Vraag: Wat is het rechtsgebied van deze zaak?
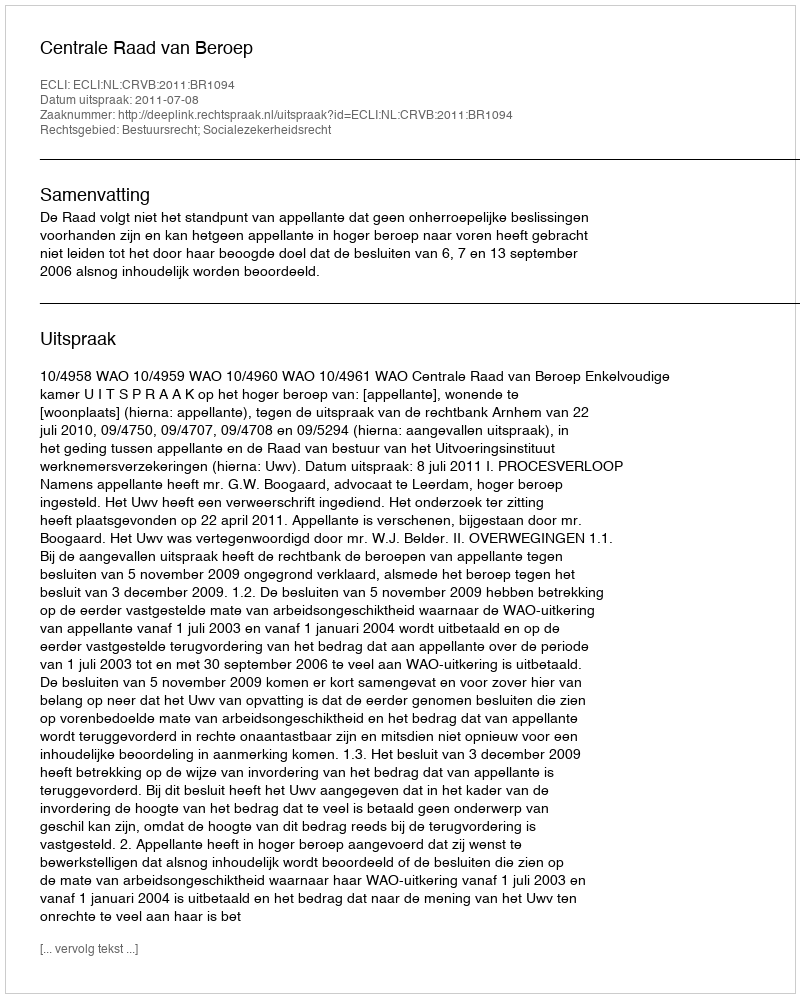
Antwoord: Bestuursrecht; Socialezekerheidsrecht